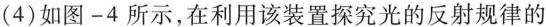
(4)如图—4所示，在利用该装置探究光的反射规律的